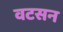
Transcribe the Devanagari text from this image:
वटसन